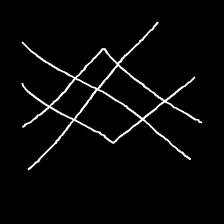
Glyph: crystal